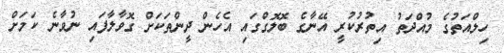
ހިލްއަތުގެ މުއްދަތު އިތުރުކުރީ އޭނާގެ ބޮލޮގްގައި އެހެން ދީންތަކަށް ގޮވާލާފައި ނުވާނެ ކަމަށް